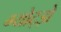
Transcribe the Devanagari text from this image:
ग्योट्झे